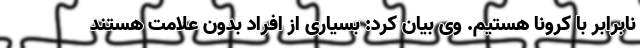
نابرابر با کرونا هستیم. وی بیان کرد: بسیاری از افراد بدون علامت هستند